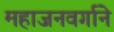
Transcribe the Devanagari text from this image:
महाजनवर्गाने